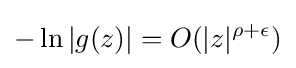
-\ln \left|g(z)\right|=O(|z|^{\rho +\epsilon })